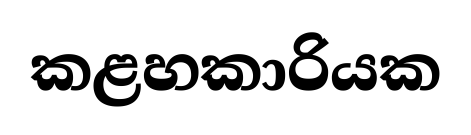
කළහකාරියක